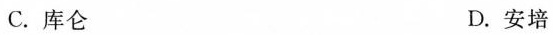
C.库仑 D.安培